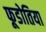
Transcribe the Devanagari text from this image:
फूडोतिया